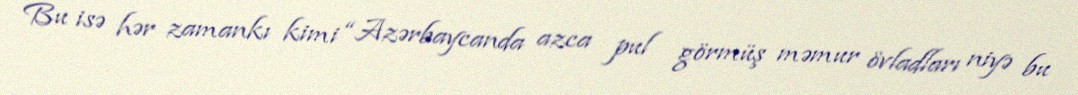
Bu isə hər zamankı kimi “Azərbaycanda azca pul görmüş məmur övladları niyə bu